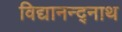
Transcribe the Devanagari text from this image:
विद्यानन्द्नाथ